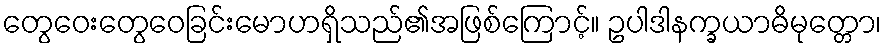
တွေဝေးတွေဝေခြင်းမောဟရှိသည်၏အဖြစ်ကြောင့်။ ဥပါဒါနက္ခယာဓိမုတ္တော၊